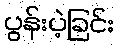
ပွန်းပဲ့ခြင်း